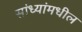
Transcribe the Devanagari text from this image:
सांध्यांमधील